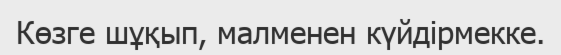
Көзге шұқып, малменен күйдірмекке.